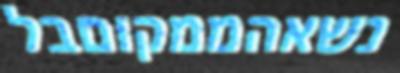
נשאהממקוםבל